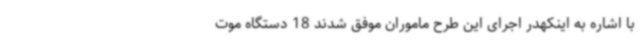
با اشاره به اینکهدر اجرای این طرح ماموران موفق شدند 18 دستگاه موت